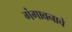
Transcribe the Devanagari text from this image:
गंगावनाचे